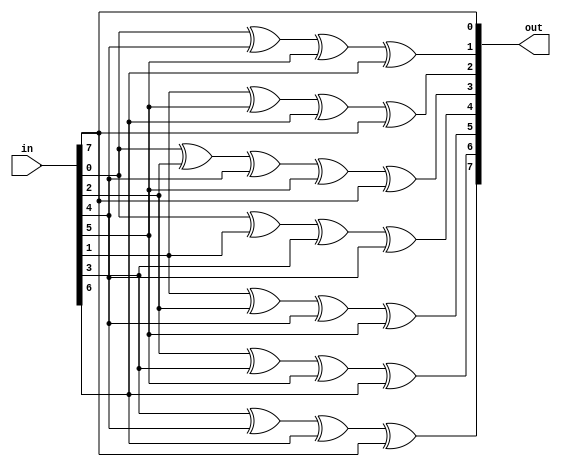
// keccak800.v

module keccak_next_round(in, out);
    input [7:0] in;
    output [7:0] out;
    
    assign out[0] = in[7];
    assign out[1] = in[0]^ in[4]^ in[5]^ in[6];
    assign out[2] = in[1]^ in[5]^ in[6]^ in[7];
    assign out[3] = in[0]^ in[2]^ in[4]^ in[5]^ in[7];
    assign out[4] = in[0]^ in[1]^ in[3]^ in[4];
    assign out[5] = in[1]^ in[2]^ in[4]^ in[5];
    assign out[6] = in[2]^ in[3]^ in[5]^ in[6];
    assign out[7] = in[3]^ in[4]^ in[6]^ in[7];
endmodule